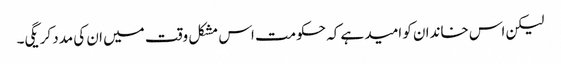
لیکن اس خاندان کو امید ہے کہ حکومت اس مشکل وقت میں ان کی مدد کریگی۔